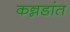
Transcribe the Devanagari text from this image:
कन्नडांत